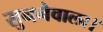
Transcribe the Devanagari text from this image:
सुननेवाला।